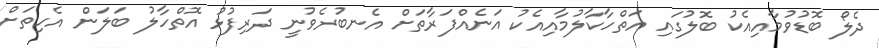
ދެލޯ ބޮޑުވުމާއިއެކު ބޮލުގައި އަތްހާކާލުމާއިއެކު އަނެއްފަރާތަށް އެނބުރެވުނީ ދަރިފުޅު އޮތްހާލު ބަލަން އެހިތަށް